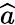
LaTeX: \widehat{a}